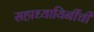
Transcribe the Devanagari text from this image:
सहाध्यायिनींची